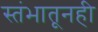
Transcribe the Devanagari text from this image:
स्तंभातूनही